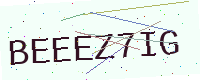
Text: BEEEZ7IG